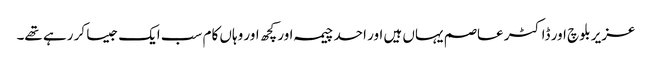
عزیر بلوچ اور ڈاکٹر عاصم یہاں ہیں اور احد چیمہ اور کچھ اور وہاں کام سب ایک جیسا کر رہے تھے۔